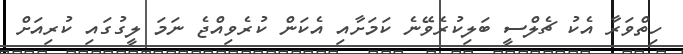
ހިތްވަރާ އެކު ޗެލްސީ ބަލިކުރެވޭނެ ކަމަށާއި އެކަން ކުރެވިއްޖެ ނަމަ ލީގުގައި ކުރިއަށް